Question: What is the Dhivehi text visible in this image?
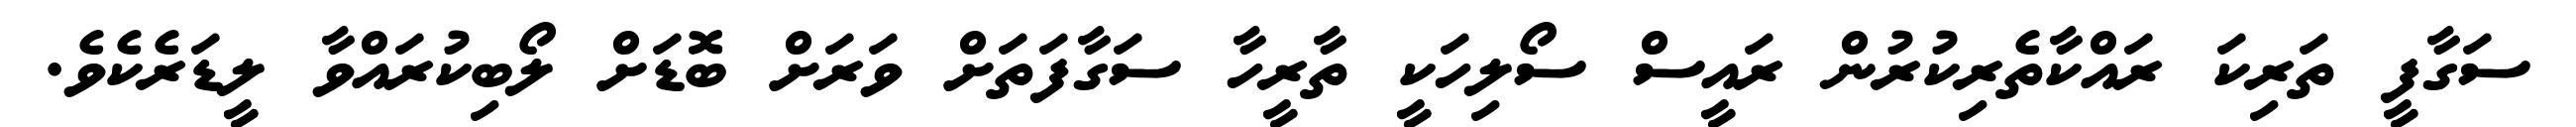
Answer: ސަގާފީ ތަރިކަ ރައްކާތެރިކުރުން ރައީސް ސޯލިހަކީ ތާރީހާ ސަގާފަތަށް ވަރަށް ބޮޑަށް ލޯބިކުރައްވާ ލީޑަރެކެވެ.